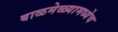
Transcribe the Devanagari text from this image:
बाळमेळ्यामध्येच